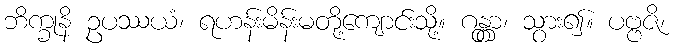
ဘိက္ခုနိ ဥပဿယံ၊ ရဟန်းမိန်းမတို့ကျောင်းသို့။ ဂန္တွာ၊ သွား၍။ ပဗ္ဗဇိ၊